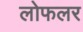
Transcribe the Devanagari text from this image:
लोफलर